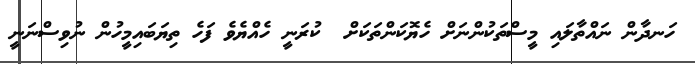
ހަނދާން ނައްތާލައި މީސްތަކުންނަށް ހެޔޮކަންތަކަށް  ކުރަނީ ހެއްޔެވެ ފަހެ ތިޔަބައިމީހުން ނުވިސްނަނީ